Calcutta medical institutions reports 1871-78
Year: 1871
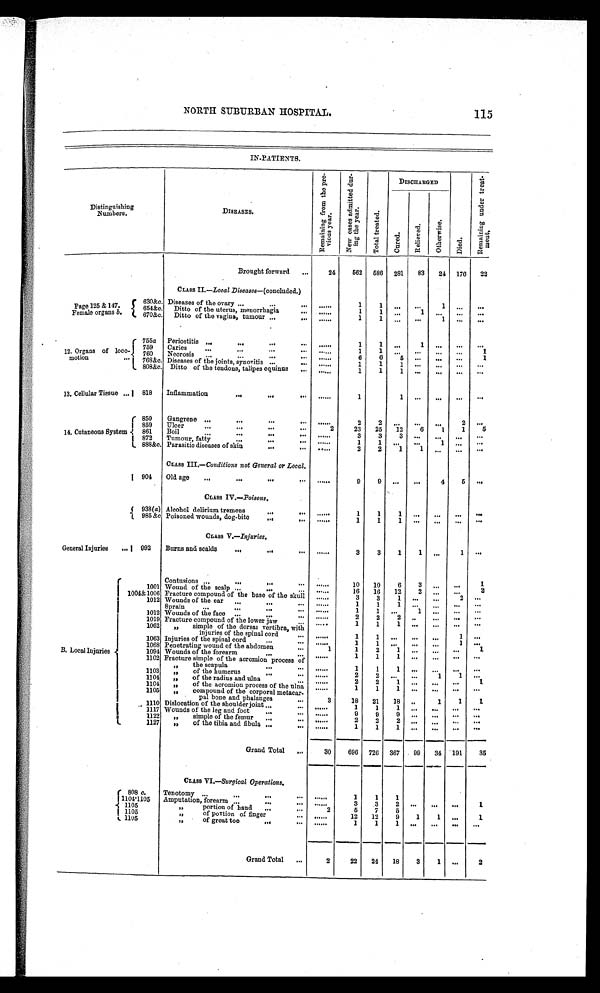
NORTH SUBURBAN HOSPITAL.
115
IN-PATIENTS.
Distinguishing
Numbers.
DISEASES.
R e m a i n i n g f r o m t h e p r e - v i o u s y e a r .
N e w c a s e s a d m i t t e d d u r - i n g t h e y e a r .
To t a l t r e a t e d .
DISCHARGED
D i e d .
R e m a i n i n g u n d e r t r e a t - m e n t .
C u r e d
R e l i e v e d .
Died
Brought forward
24
562 586 281
83
24 176
22
CLASS II .—Local Diseases—(concluded.)
Page 125 & 147.
Female organs b.
630&c. Diseases of the ovary
......
1
1
...
. . .
1 ...
...
654&c, Ditto of the uterus, menorrhagia
. . . . .
1
1 ...
1 ...
. . .
...
670&c. Ditto of the vagina, tumour
......
1
1
...
...
1 ...
...
12. Organs of loco
- motion
755a Periostitis
.....
1
1
...
1 ...
...
. . .
759
Caries
......
1
1
. . .
. . . ...
...
1
760
Necrosis
. . . . . .
6
6
5
. . . ...
...
1
768&c Diseases of the joints, synovitis
......
1
1
1
. . . ...
...
...
808&c Ditto of the tendons, talipes equines
.....
1
1
1
. . . ...
...
...
13, Cellular Tissue
818
Inflammation
......
1
1 ...
...
...
...
14. Cutaneous System
850
Gangrene
......
2
2
. . .
. . .
. . .
2
. . .
859
Ulcer
2
23 25
12
6
1
1
5
861
Boil
. . . . . .
3
3
3
. . .
. . .
...
...
872
Trumour, fatty
......
1
1
. . .
. . .
1 ...
...
888&c. Parasitic diseases of skin
......
2
2
1
1 ...
. . .
...
CLASS III. —
C o n d i t i o n s n o t G e n e r a l o r L o c a l .
904
Old age
......
9
9 ...
...
4
5
...
CLASS IV.— Poisons.
938(a) Alcohol delirium tremens
. . . . . .
1
1
1 ...
...
...
...
985 &c Poisoned wounds, dog-bite
......
1
1
1
. . .
. . .
. . .
. . .
CLASS V.—Injuries.
General Injuries
992
Burns and scalds
. . . . . .
3
3
1
1 ...
1
...
B. Local Injuries
Contusions
.....
10
10
6
3 ...
. . .
1
1001 Wound of the scalp
. . . . . .
16
16
12
2 ...
. . .
2
1004&1006 Fracture compound of the base of the skull
. . . . . .
3
3
1 ...
...
2
. . .
1012 Wounds of the ear
. . . . . .
1
1
1
. . .
. . .
. . .
. . .
Sprain
......
1
1 ...
1
. . .
. . .
...
1012 Wounds of the face
. . . . . .
2
2
2
. . .
. . .
. . .
. . .
1019 Fracture compound of the lower jaw
. . . . . .
1
1
1
. . .
. . .
. . .
. . .
1062
„
simple of the dorsal vertibra, with
injuries of the spinal cord
......
1
1
. . .
. . .
. . .
1
. . .
1063 Injuries of the spinal cord
. . . . . .
1
1
. . .
. . .
. . .
1
. . .
1068 Penetrating wound of the abdomen
1
1
2
1
. . .
. . .
. . .
1
1094 Wounds of the forearm
..•
—
......
1
1
1
. . .
. . .
. . .
. . .
1102 Fracture simple of the acromion process of
„
the scapula
......
1
1
1
. . .
. . .
. . .
. . .
1103
„ of the humerus
. . . . . .
2
2
. . .
. . .
1
1
...
1104
„ of the radius and ulna
......
2
2
1
. . .
. . .
. . .
1
1104
„ of the acromion process of the ulna .....
1
1
1
. . .
. . .
. . .
. . .
1105
„ compound of the corporal metacar-
pal bone and phalanges
3
18
21
18
. . .
1
1
1
1110 Dislocation of the shoulder joint
......
1
1
1
. . .
. . .
. . .
. . .
1117 Wounds of the leg and foot
. . . . . .
9
9
9
. . .
. . .
. . .
. . .
1122
„
simple of the femur
. . . . . .
2
2
2
. . .
. . .
. . .
. . .
1127
„
of the tibia and fibula
. . . . . .
1
1
1
. . .
. . .
. . .
. . .
Grand Total
30
696 726 367
99
34 191
35
CLASS VI.—Surgical Operations.
808 c.
Tenotomy
......
1
1
1
1104.1105
Amputation, forearm
......
3
3
2
. . .
. . .
. . .
1 I
1105
11
portion of hand
2
5
7
5
1105
,,
of portion of finger
......
12
12
9
1
1
. . .
1
1105
" o f
g r e a t t o e
. . . . . .
1
1
. . .
. . .
. . .
. . .
. . .
Grand Total
2
22
24
18
3
1 ...
2